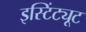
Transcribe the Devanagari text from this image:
इस्टिंट्यूट